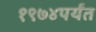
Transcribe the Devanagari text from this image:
१९७४पर्यंत